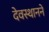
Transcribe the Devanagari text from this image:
देवस्थानने